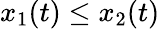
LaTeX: x_{1}(t)\leq x_{2}(t)